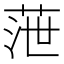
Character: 𦲉